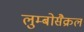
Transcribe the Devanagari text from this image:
लुम्बोसैक्रल